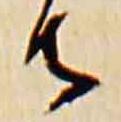
寺